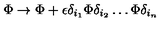
\Phi \rightarrow \Phi + \epsilon \delta _ { i _ { 1 } } \Phi \delta _ { i _ { 2 } } \ldots \Phi \delta _ { i _ { n } }